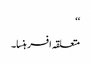
‘‘
متعلقہ افسر ہنسا۔